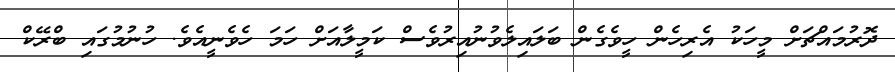
ދޮރުމައްޗަށް މީހަކު އެރިހެން ހީވެގެން ބަލައިލެވުނުއިރުވެސް ކަމީލާއަށް ހަމަ ހެވެނީއެވެ. ހުނުމުގައި ބްރޭކް